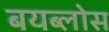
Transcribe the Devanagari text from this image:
बयब्लोस